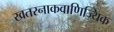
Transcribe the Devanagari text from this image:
खतरनाकवाणिज्यिक